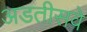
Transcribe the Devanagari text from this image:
अडतीसवे